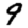
Digit: 9